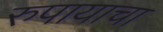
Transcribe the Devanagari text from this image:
रुपायाचा